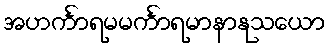
အဟင်္ကာရမမင်္ကာရမာနာနုသယော